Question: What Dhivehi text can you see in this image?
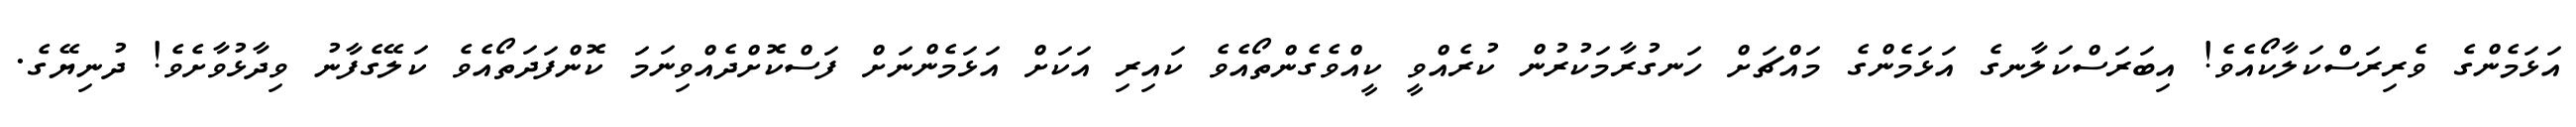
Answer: އަޅަމެންގެ ވެރިރަސްކަލާކޯއެވެ! އިބަރަސްކަލާނގެ އަޅަމެންގެ މައްޗަށް ހަނގުރާމަކުރުން ކުރެއްވީ ކީއްވެގެންތޯއެވެ ކައިރި އަކަށް އަޅަމެންނަށް ފަސްކޮށްދެއްވިނަމަ ކޮންފަދަތޯއެވެ ކަލޭގެފާނު ވިދާޅުވާށެވެ! ދުނިޔޭގެ.